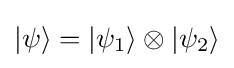
|\psi \rangle =|\psi _{1}\rangle \otimes |\psi _{2}\rangle